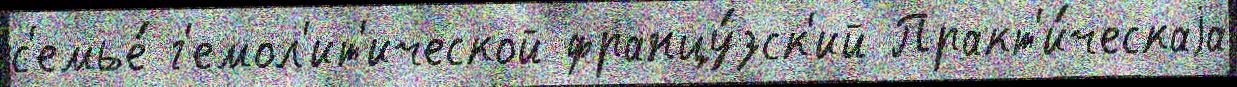
с'емье́ г'емол'ит'ической францу́зск'ий Практ'и́ческаjа